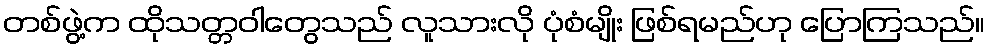
တစ်ဖွဲ့က ထိုသတ္တဝါတွေသည် လူသားလို ပုံစံမျိုး ဖြစ်ရမည်ဟု ပြောကြသည်။